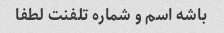
باشه اسم و شماره تلفنت لطفا